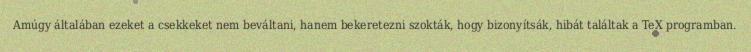
Amúgy általában ezeket a csekkeket nem beváltani, hanem bekeretezni szokták, hogy bizonyítsák, hibát találtak a TeX programban.